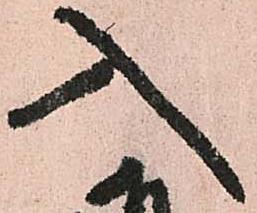
入